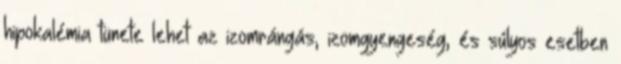
hipokalémia tünete lehet az izomrángás, izomgyengeség, és súlyos esetben